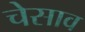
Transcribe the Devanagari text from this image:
चेसाव